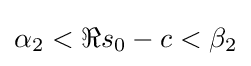
\alpha _{2}<\Re s_{0}-c<\beta _{2}